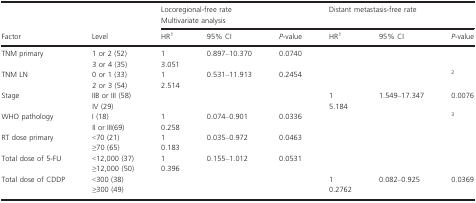
<table><thead><tr><td></td><td></td><td colspan="3"><b>Locoregional-free rate</b></td><td colspan="3"><b>Distant metastasis-free rate</b></td></tr><tr><td></td><td></td><td colspan="6"><b>Multivariate analysis</b></td></tr><tr><td><b>Factor</b></td><td><b>Level</b></td><td><b>HR1</b></td><td><b>95% CI</b></td><td><b><i>P</i>-value</b></td><td><b>HR1</b></td><td><b>95% CI</b></td><td><b><i>P</i>-value</b></td></tr></thead><tbody><tr><td>TNM primary</td><td>1 or 2 (52)</td><td>1</td><td>0.897–10.370</td><td>0.0740</td><td></td><td></td><td></td></tr><tr><td></td><td>3 or 4 (35)</td><td>3.051</td><td></td><td></td><td></td><td></td><td></td></tr><tr><td>TNM LN</td><td>0 or 1 (33)</td><td>1</td><td>0.531–11.913</td><td>0.2454</td><td></td><td></td><td>2</td></tr><tr><td></td><td>2 or 3 (54)</td><td>2.514</td><td></td><td></td><td></td><td></td><td></td></tr><tr><td>Stage</td><td>IIB or III (58)</td><td></td><td></td><td></td><td>1</td><td>1.549–17.347</td><td>0.0076</td></tr><tr><td></td><td>IV (29)</td><td></td><td></td><td></td><td>5.184</td><td></td><td></td></tr><tr><td>WHO pathology</td><td>I (18)</td><td>1</td><td>0.074–0.901</td><td>0.0336</td><td></td><td></td><td>3</td></tr><tr><td></td><td>II or III(69)</td><td>0.258</td><td></td><td></td><td></td><td></td><td></td></tr><tr><td>RT dose primary</td><td>&lt;70 (21)</td><td>1</td><td>0.035–0.972</td><td>0.0463</td><td></td><td></td><td></td></tr><tr><td></td><td>≥70 (65)</td><td>0.183</td><td></td><td></td><td></td><td></td><td></td></tr><tr><td>Total dose of 5-FU</td><td>&lt;12,000 (37)</td><td>1</td><td>0.155–1.012</td><td>0.0531</td><td></td><td></td><td></td></tr><tr><td></td><td>≥12,000 (50)</td><td>0.396</td><td></td><td></td><td></td><td></td><td></td></tr><tr><td>Total dose of CDDP</td><td>&lt;300 (38)</td><td></td><td></td><td></td><td>1</td><td>0.082–0.925</td><td>0.0369</td></tr><tr><td></td><td>≥300 (49)</td><td></td><td></td><td></td><td>0.2762</td><td></td><td></td></tr></tbody></table>